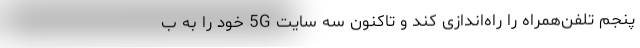
پنجم تلفن‌همراه را راه‌اندازی کند و تاکنون سه سایت 5G خود را به ب